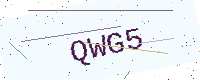
Text: QWG5